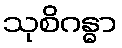
သုစိဂန္ဓာ